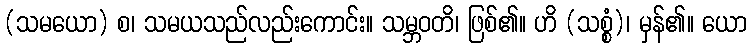
(သမယော) စ၊ သမယသည်လည်းကောင်း။ သမ္ဘဝတိ၊ ဖြစ်၏။ ဟိ (သစ္စံ)၊ မှန်၏။ ယော